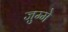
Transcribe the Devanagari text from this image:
जुम्मे